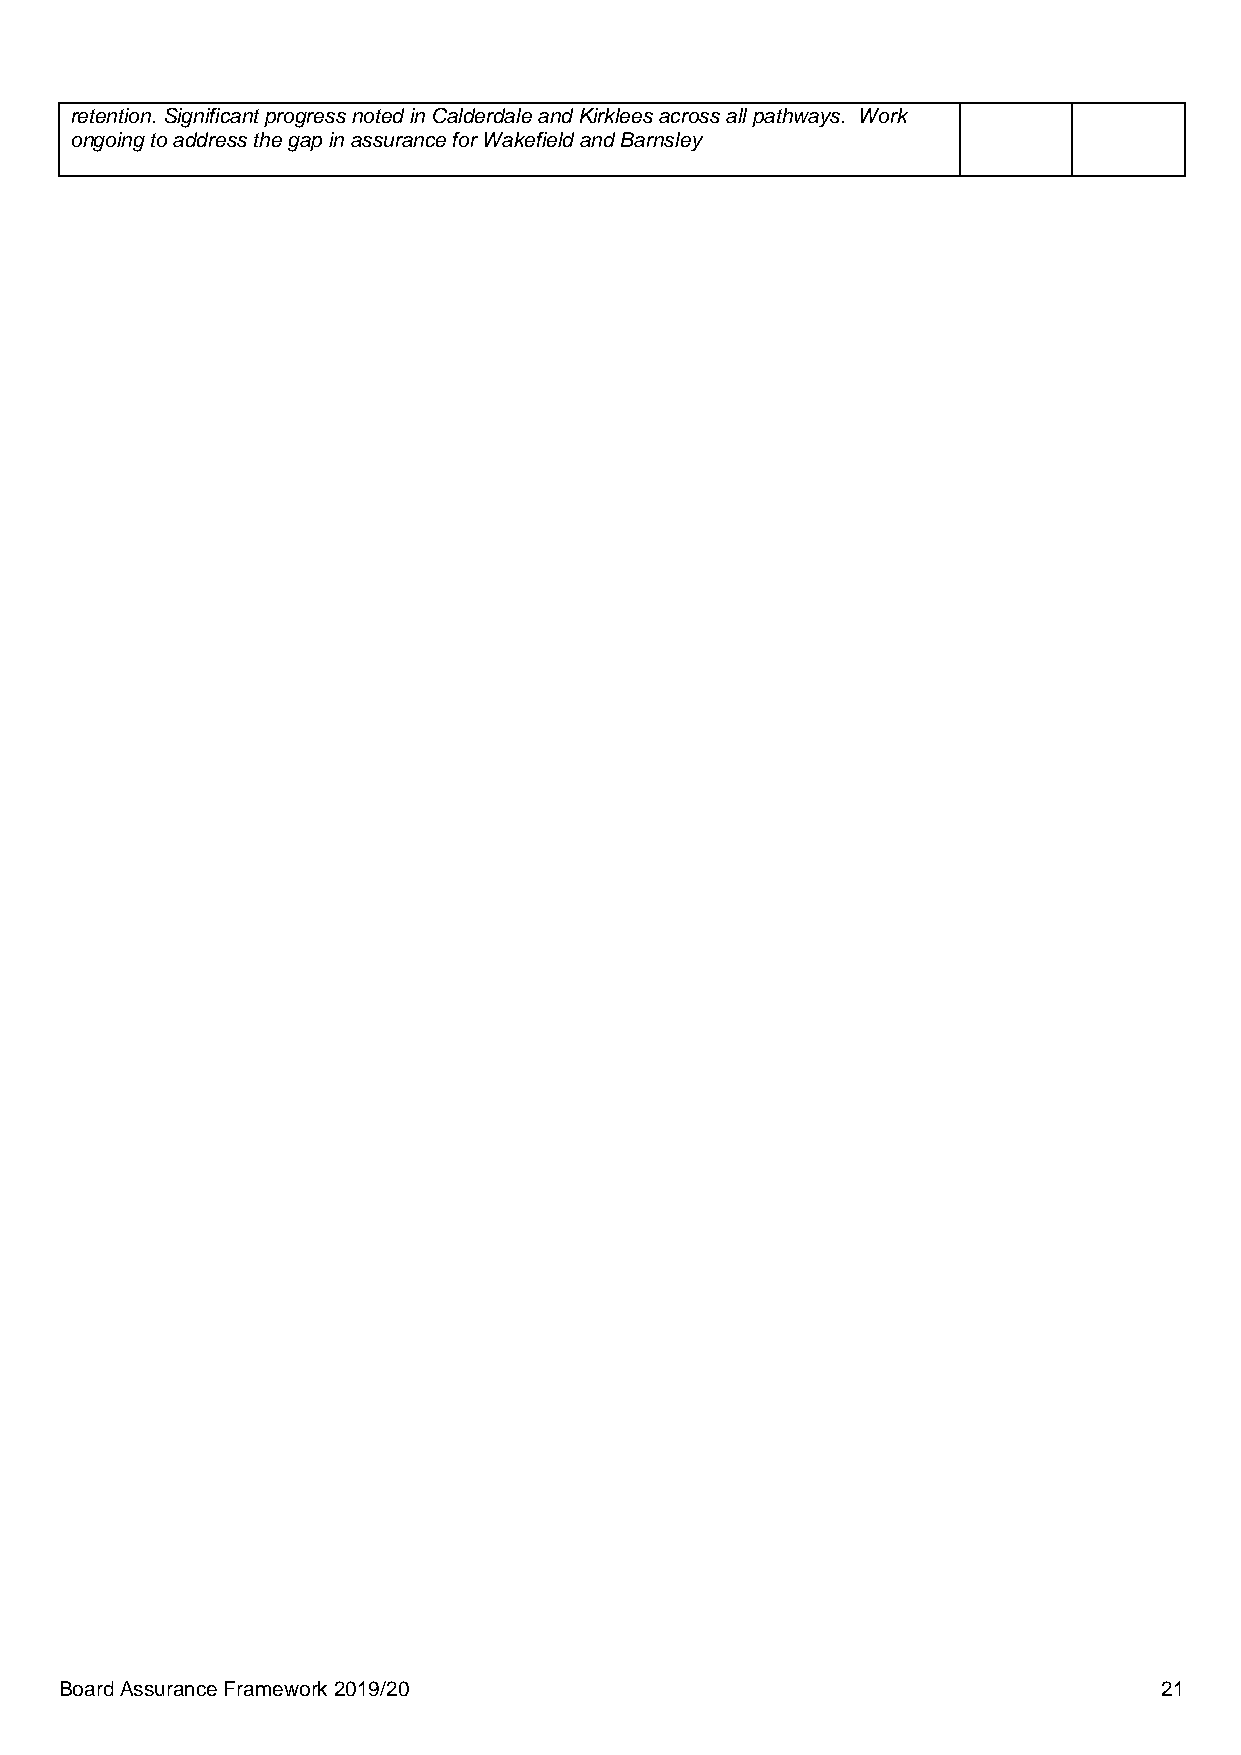
retention. Significant progress noted in Calderdale and Kirklees across all pathways. Work
 ongoing to address the gap in assurance for Wakefield and Barnsley
 Board Assurance Framework 2019/20                                        21